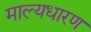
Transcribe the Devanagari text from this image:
माल्यधारण